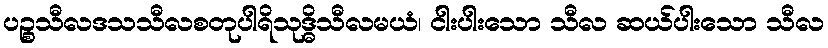
ပဉ္စသီလဒသသီလစတုပါရိသုဒ္ဓိသီလမယံ၊ ငါးပါးသော သီလ ဆယ်ပါးသော သီလ